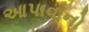
આપાવાનો